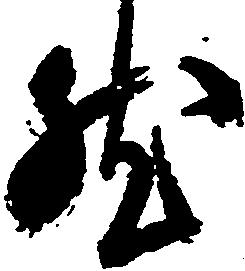
然